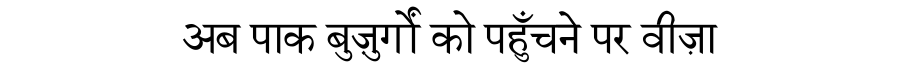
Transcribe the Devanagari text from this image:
अब पाक बुज़ुर्गों को पहुँचने पर वीज़ा